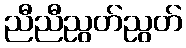
ညီညီညွတ်ညွတ်